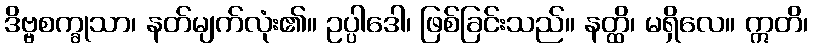
ဒိဗ္ဗစက္ခုသာ၊ နတ်မျက်လုံး၏။ ဥပ္ပါဒေါ၊ ဖြစ်ခြင်းသည်။ နတ္ထိ၊ မရှိလေ။ ဣတိ၊